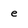
Character: e